Report of the Indian Hemp Drugs Commission, 1894-1895 - Volume IV
Year: 1894
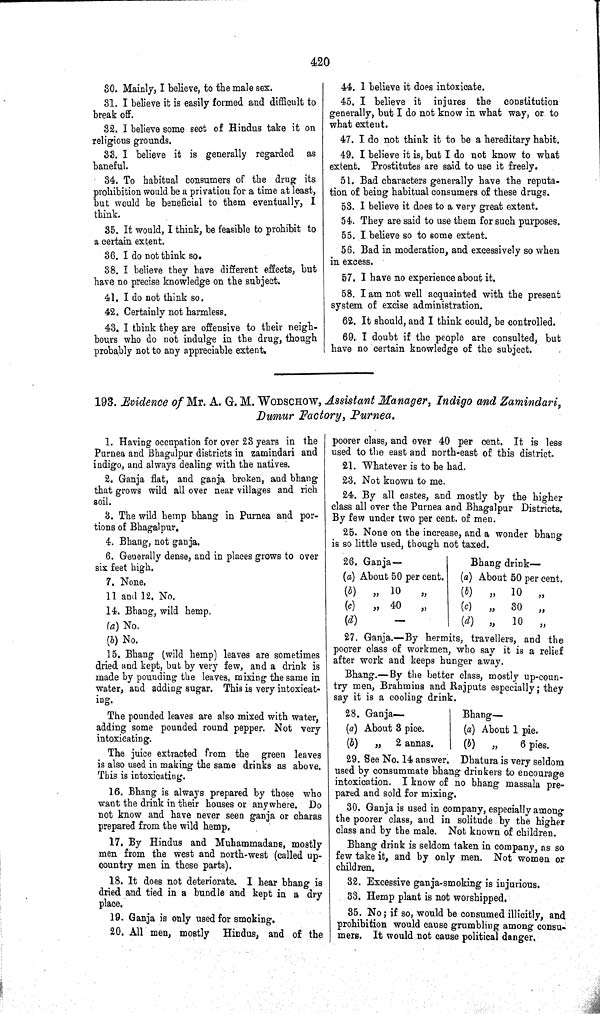
420
30. Mainly, I believe, to the male sex.
31. I believe it is easily formed and difficult to
break off.
32. I believe some sect of Hindus take it on
religious grounds.
33. I believe it is generally regarded as
baneful.
34. To habitual consumers of the drug its
prohibition would be a privation for a time at least,
but would be beneficial to them eventually, I
think.
35. It would, I think, be feasible to prohibit to
a certain extent.
36. I do not think so.
38. I believe they have different effects, but
have no precise knowledge on the subject.
41. I do not think so.
42. Certainly not harmless.
43. I think they are offensive to their neigh-
bours who do not indulge in the drug, though
probably not to any appreciable extent.
44. 1 believe it does intoxicate.
45. I believe it injures the
constitution
generally, but I do not know in what way, or to
what extent.
47. I do not think it to be a hereditary habit.
49. I believe it is, but I do not know to what
extent. Prostitutes are said to use it freely.
51. Bad characters generally have the reputa-
tion of being habitual consumers of these drugs.
53. I believe it does to a very great extent.
54. They are said to use them for such purposes.
55. I believe so to some extent.
56. Bad in moderation, and excessively so when
in excess.
57. I have no experience about it.
58. I am not well acquainted with the present
system of excise administration.
62. It should, and I think could, be controlled.
69.. I doubt if the people are consulted, but
have no certain knowledge of the subject.
193. Evidence of Mr. A. G. M. WODSCHOW, Assistant Manager, Indigo and Zamindari,
Dumur Factory, Purnea.
1. Having occupation for over 23 years in the
Purnea and Bhagalpur districts in zamindari and
indigo, and always dealing with the natives.
2. Ganja flat, and ganja broken, and bhang
that grows wild all over near villages and rich
soil.
3. The wild hemp bhang in Purnea and por-
tions of Bhagalpur.
4. Bhang, not ganja.
6. Generally dense, and in places grows to over
six feet high.
7. None.
11 and 12. No.
14. Bhang, wild hemp.
(a) No.
(b) No.
15. Bhang (wild hemp) leaves are sometimes
dried and kept, but by very few, and a drink is
made by pounding the leaves, mixing the same in
water, and adding sugar. This is very intoxicat-
ing.
The pounded leaves are also mixed with water,
adding some pounded round pepper. Not very
intoxicating.
The juice extracted from the green leaves
is also used in making the same drinks as above.
This is intoxicating.
16. Bhang is always prepared by those who
want the drink in their houses or anywhere. Do
not know and have never seen ganja or charas
prepared from the wild hemp.
17. By Hindus and Muhammadans, mostly
men from the west and north-west (called up-
country men in these parts).
18. It does not deteriorate. I hear bhang is
dried and tied in a bundle and kept in a dry
place.
19. Ganja is only used for smoking.
20. All men, mostly Hindus, and of the
poorer class, and over 40 per cent. It is less
used to the east and north-east of this district.
21. Whatever is to be had.
23. Not known to me.
24. By all castes, and mostly by the higher
class all over the Purnea and Bhagalpur Districts.
By few under two per cent. of men.
25. None on the increase, and a wonder bhang
is so little used, though not taxed.
26. Ganja—
Bhang drink—
(a) About 50 per cent
(a) About 50 per cent
(b)
"
10
"
(b)
"
10
"
(c)
"
40
"
(c)
"
30
"
(d)
(d) " 10 "
27. Ganja.—By hermits, travellers, and the
poorer class of workmen, who say it is a relief
after work and keeps hunger away.
Bhang.— By the better class, mostly up-coun-
try men, Brahmins and Rajputs especially; they
say it is a cooling drink.
28. Ganja—
Bhang—
(a) About 3 pice
(a) About 1 pie
(b)
"
2 annas.
(b)
"
6 pies
29. See No. 14 answer. Dhatura is very seldom
used by consummate bhang drinkers to encourage
intoxication. I know of no bhang massala pre-
pared and sold for mixing.
30. Ganja is used in company, especially among
the poorer class, and in solitude by the higher
class and by the male. Not known of children.
Bhang drink is seldom taken in company, as so
few take it, and by only men. Not women or
children.
32. Excessive ganja-smoking is injurious.
33. Hemp plant is not worshipped.
35. No; if so, would be consumed illicitly, and
prohibition would cause grumbling among consu-
mers. It would not cause political danger.